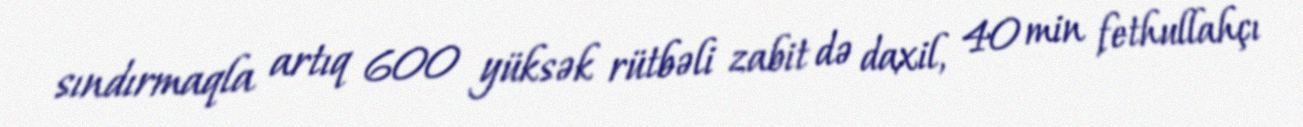
sındırmaqla artıq 600 yüksək rütbəli zabit də daxil, 40 min fethullahçı